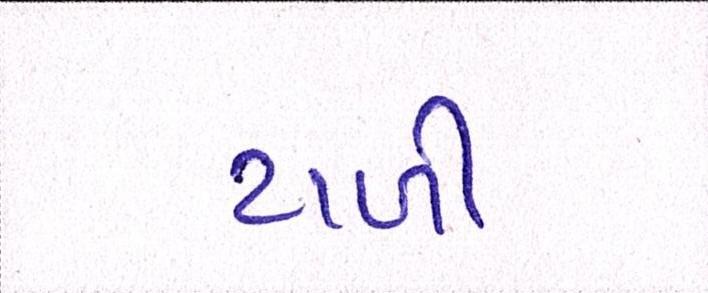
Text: ટાળી